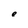
Character: e